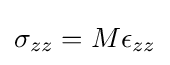
\sigma _{zz}=M\epsilon _{zz}